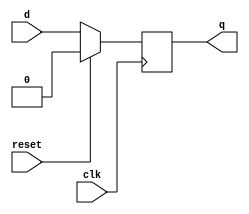
module d_ff (
    input wire clk,
    input wire d,
    input wire reset,
    output reg q
);

always @(posedge clk) begin
    if (reset) begin
        q <= 1'b0; // Assuming active low reset
    end else begin
        q <= d;
    end
end

endmodule